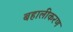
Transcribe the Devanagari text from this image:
बहालीकरण